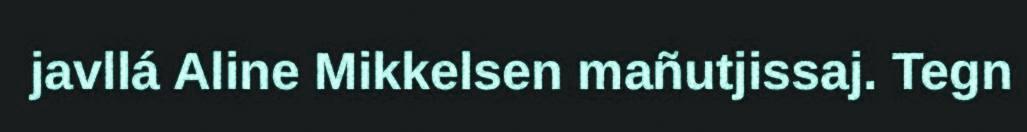
javllá Aline Mikkelsen mañutjissaj. Tegn